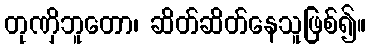
တုဏှိဘူတော၊ ဆိတ်ဆိတ်နေသူဖြစ်၍။